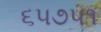
૬૫૭૫૧